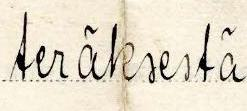
teräksestä